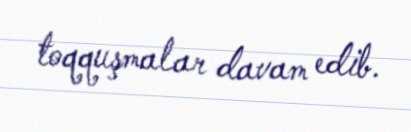
toqquşmalar davam edib.